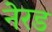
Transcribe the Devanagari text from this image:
नेरड